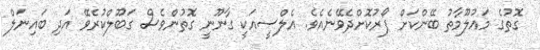
ގޮތުގެ މައުލޫމާތު ބޭންކަށް ފޯރުކޮށްދެވޭނެއެވެ. އެލްސީއަކީ ގާނޫނީ ގޮތުންވެސް ގަބޫލްކުރެވޭ އަދި ބައިނަލް